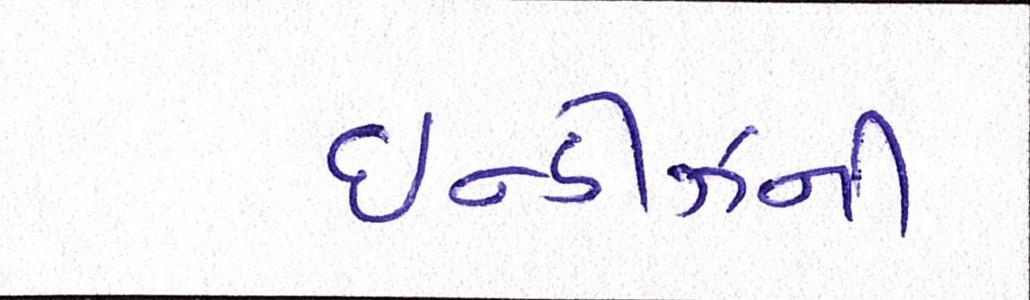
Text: ઇન્ડીઝની